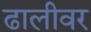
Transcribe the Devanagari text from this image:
ढालीवर